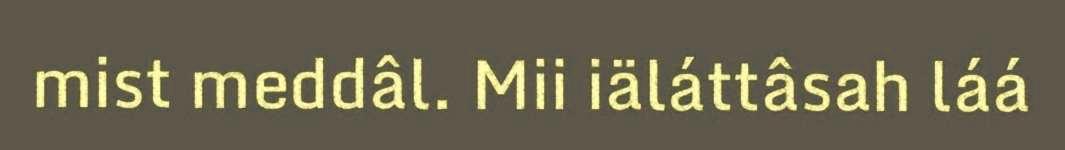
mist meddâl. Mii iäláttâsah láá